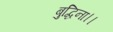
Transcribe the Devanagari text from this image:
बुद्धिना।।